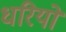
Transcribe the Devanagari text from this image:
धरियो